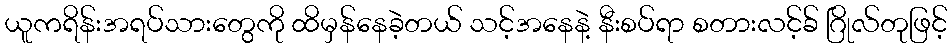
ယူကရိန်းအရပ်သားတွေကို ထိမှန်နေခဲ့တယ် သင့်အနေနဲ့ နီးစပ်ရာ စတားလင့်ခ် ဂြိုလ်တုဖြင့်